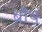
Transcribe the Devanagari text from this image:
ब्रौथ